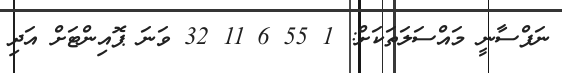
ނަފްސާނީ މައްސަލަތަކަށް: 1 55 6 11 32 ވަނަ ޕޮއިންޓަށް އަދި